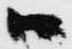
ハ